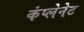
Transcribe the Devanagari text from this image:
कंप्लेनेट